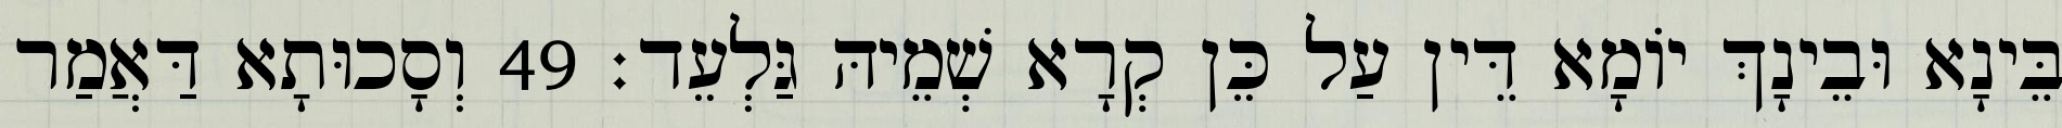
בֵּינָא וּבֵינָךְ יוֹמָא דֵּין עַל כֵּן קְרָא שְׁמֵיהּ גַּלְעֵד׃ 49 וְסָכוּתָא דַּאֲמַר